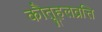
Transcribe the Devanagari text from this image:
कौतूहलव्रत्ति